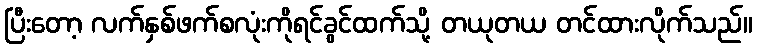
ပြီးတော့ လက်နှစ်ဖက်စလုံးကိုရင်ခွင်ထက်သို့ တယုတယ တင်ထားလိုက်သည်။